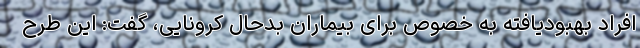
افراد بهبودیافته به خصوص برای بیماران بدحال کرونایی، گفت: این طرح